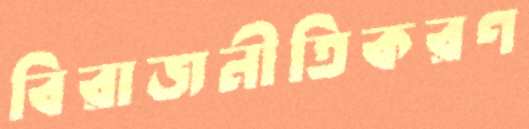
বিরাজনীতিকরণ